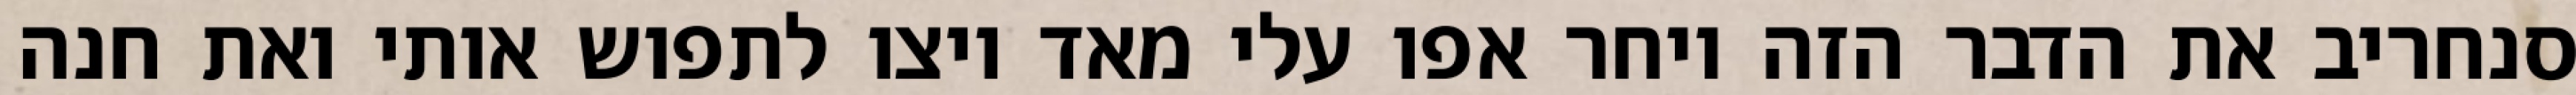
סנחריב את הדבר הזה ויחר אפו עלי מאד ויצו לתפוש אותי ואת חנה